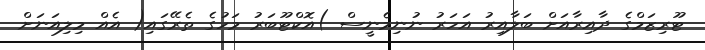
ޓޫރިޒަމްގެ ދާއިރާއަށް ބަލާއިރު އަހަރު ނުނިމެނީސް )އޮކްޓޫބަރު މަހުގެ ތެރޭގައި( އެއް މިލިއަނަށް